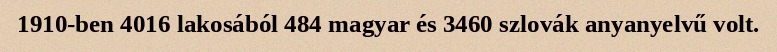
1910-ben 4016 lakosából 484 magyar és 3460 szlovák anyanyelvű volt.